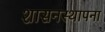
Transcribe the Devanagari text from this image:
शासनस्थापना